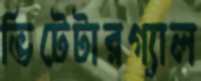
ভিটেটারগ্যাল